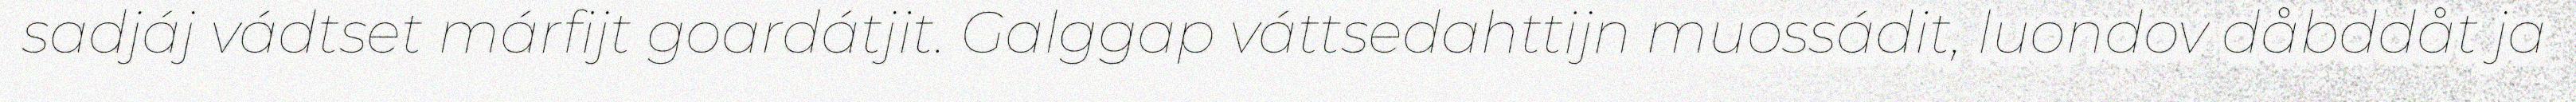
sadjáj vádtset márfijt goardátjit. Galggap váttsedahttijn muossádit, luondov dåbddåt ja